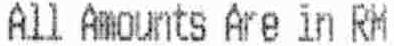
ALL AMOUNTS ARE IN RM